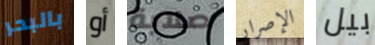
بالبحر أو صلابة الإصرار بيل